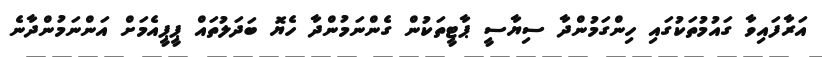
އަރާފައިވާ ގައުމުތަކުގައި ހިންގަމުންދާ ސިޔާސީ ޕާޓީތަކުން ގެންނަމުންދާ ހެޔޮ ބަދަލުތައް ޕީޕީއެމަށް އަންނަމުންދާނެ